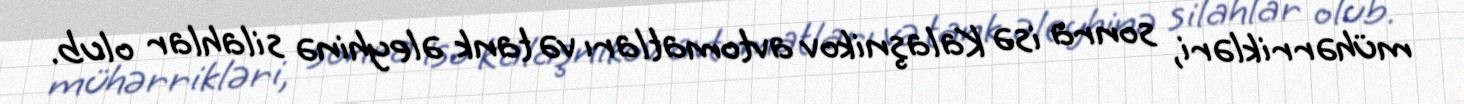
mühərrikləri, sonra isə Kalaşnikov avtomatları və tank əleyhinə silahlar olub.